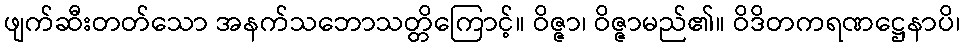
ဖျက်ဆီးတတ်သော အနက်သဘောသတ္တိကြောင့်။ ဝိဇ္ဇာ၊ ဝိဇ္ဇာမည်၏။ ဝိဒိတကရဏဋ္ဌေနာပိ၊